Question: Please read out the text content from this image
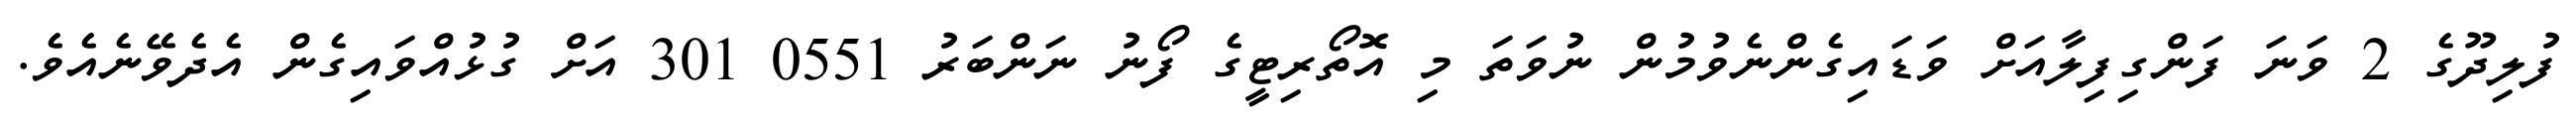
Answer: ފުލިދޫގެ 2 ވަނަ ފަންގިފިލާއަށް ވަޑައިގެންނެވުމުން ނުވަތަ މި އޮތޯރިޓީގެ ފޯނު ނަންބަރު 0551 301 އަށް ގުޅުއްވައިގެން އެދެވޭނެއެވެ.